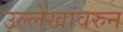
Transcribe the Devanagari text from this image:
उल्लेखांवरुन